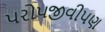
પરોપજીવીપણ